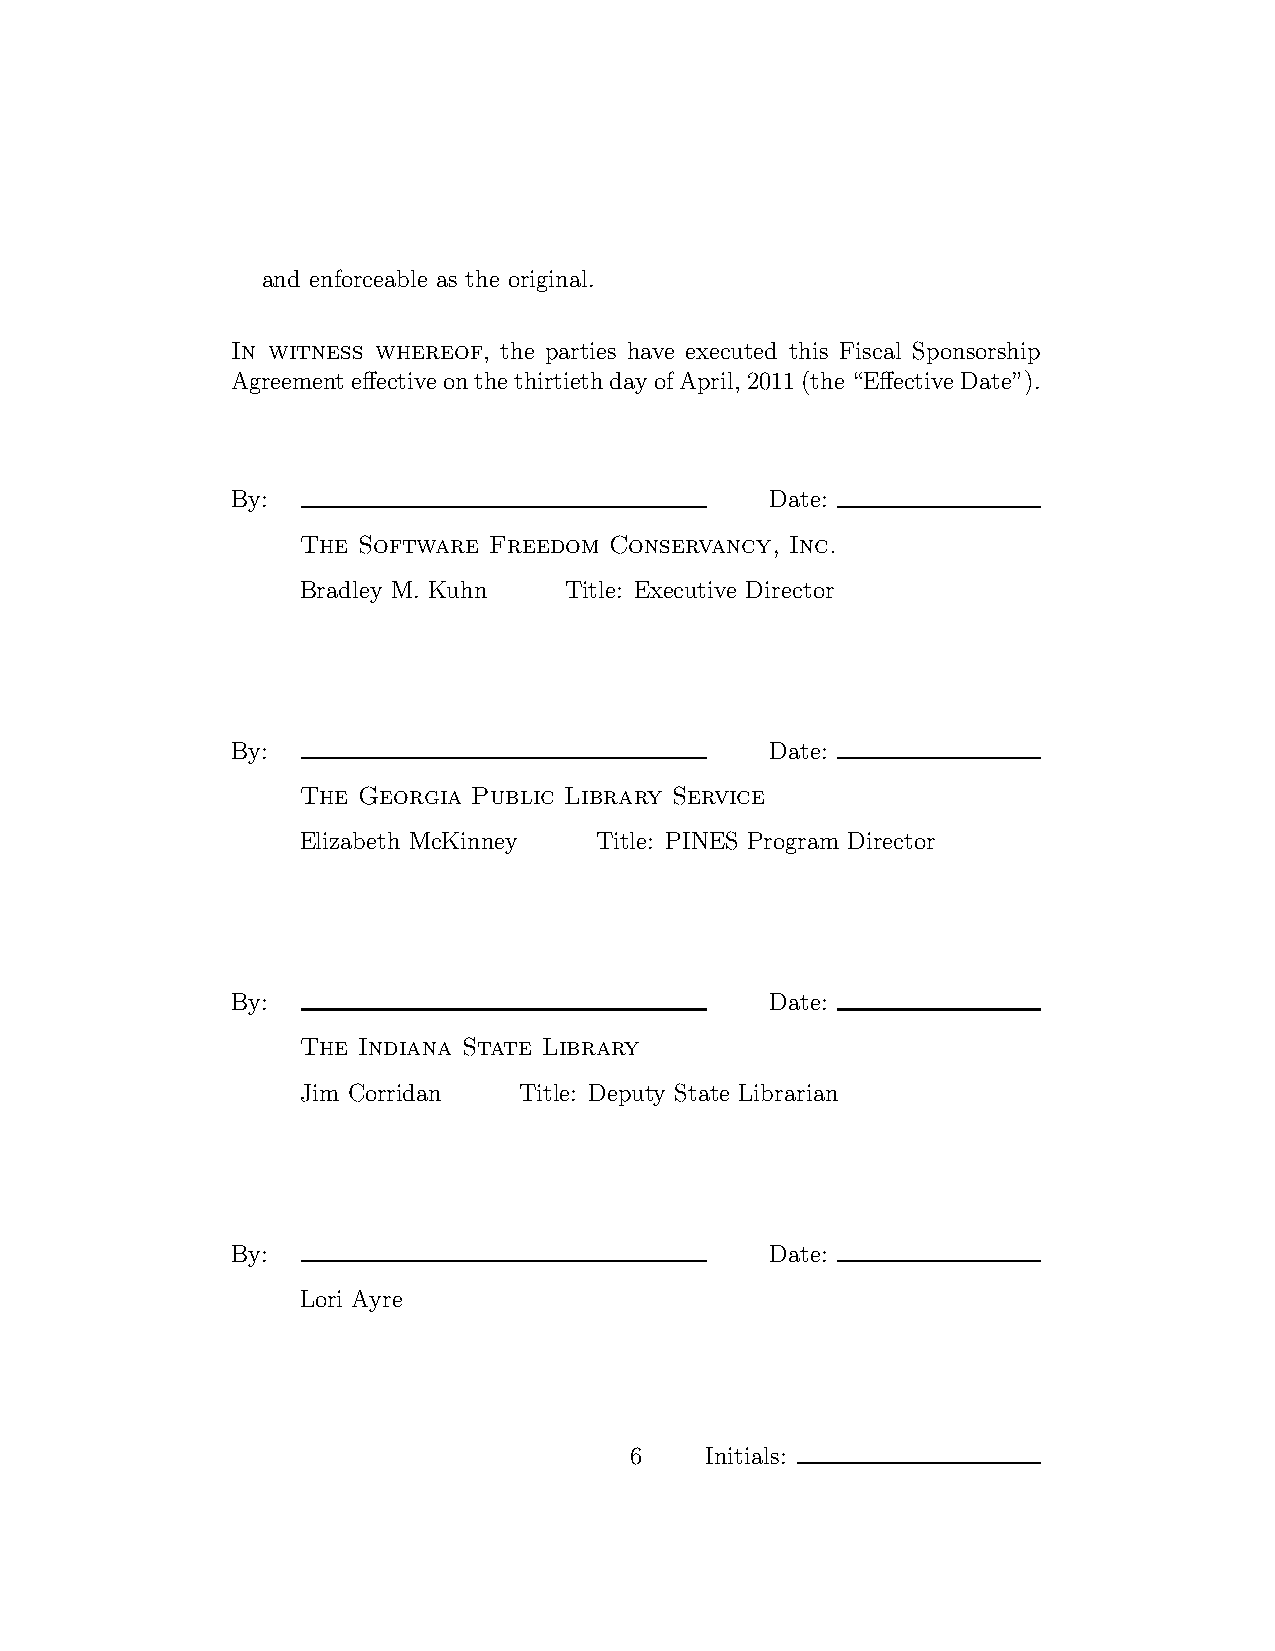
and enforceable as the original.
 In witness whereof, the parties have executed this Fiscal Sponsorship
 Agreement effectiveonthethirtiethdayofApril,2011(the“EffectiveDate”).
 By:                                 Date:
 The Software Freedom Conservancy, Inc.
 Bradley M. Kuhn  Title: Executive Director
 By:                                 Date:
 The Georgia Public Library Service
 Elizabeth McKinney Title: PINES Program Director
 By:                                 Date:
 The Indiana State Library
 Jim Corridan  Title: Deputy State Librarian
 By:                                 Date:
 Lori Ayre
 6    Initials: